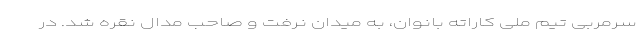
سرمربی تیم ملی کاراته بانوان، به میدان نرفت و صاحب مدال نقره شد. در